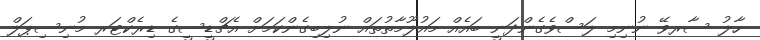
ހާލު ސާރވޭ ނުނިމި ލަސްވެގެންދަނީ ބައެއް މައުލޫމާތުތައް ނުލިބިގެންކަމަށް އެޗްޑީސީގެ ޑިރެކްޓަރ މުނިސިޕަލް